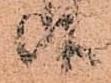
候